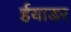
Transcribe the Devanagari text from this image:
र्हयाडर